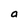
Character: a